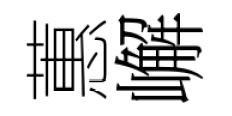
蕙嶰